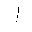
Letter: _alif